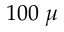
1 0 0 \; \mu